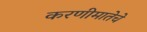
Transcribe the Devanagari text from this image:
करणीमातेचे